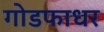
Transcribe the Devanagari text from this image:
गोडफाधर